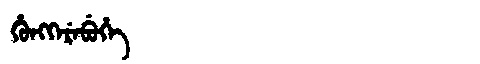
Manchu: ᡥᡠᠩᡴᡝᡵᡝᠪᡠᡥᡝ
Romanization: HUNGKEREBUHE